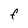
Character: F